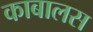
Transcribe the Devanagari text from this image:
काबालस